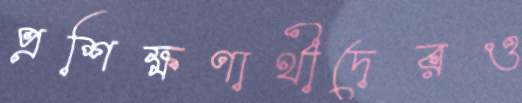
প্রশিক্ষণার্থীদেরও